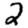
Digit: 2